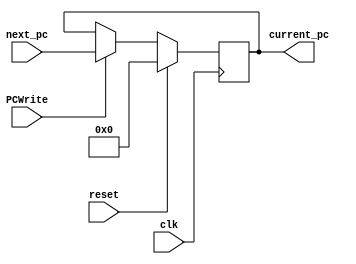
module PC(reset,       // input (Use reset to initialize PC. Initial value must be 0)
    clk,         // input
    next_pc,     // input
    current_pc,   // output
    PCWrite
  );
    input reset;
    input clk;
    input [31:0] next_pc;
    input PCWrite;
    output reg [31:0] current_pc;
    
    
    // Initialize register file (do not touch)
    always @(posedge clk) begin
    // Reset register file
        if (reset) begin
            current_pc <= 0;
        end
        else begin
            if(PCWrite == 1)
                
                current_pc <= next_pc;
//                $display("currentpc", current_pc);
        end
    end

  
endmodule